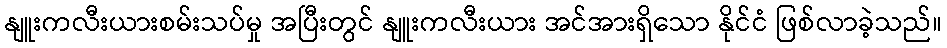
နျူးကလီးယားစမ်းသပ်မှု အပြီးတွင် နျူးကလီးယား အင်အားရှိသော နိုင်ငံ ဖြစ်လာခဲ့သည်။